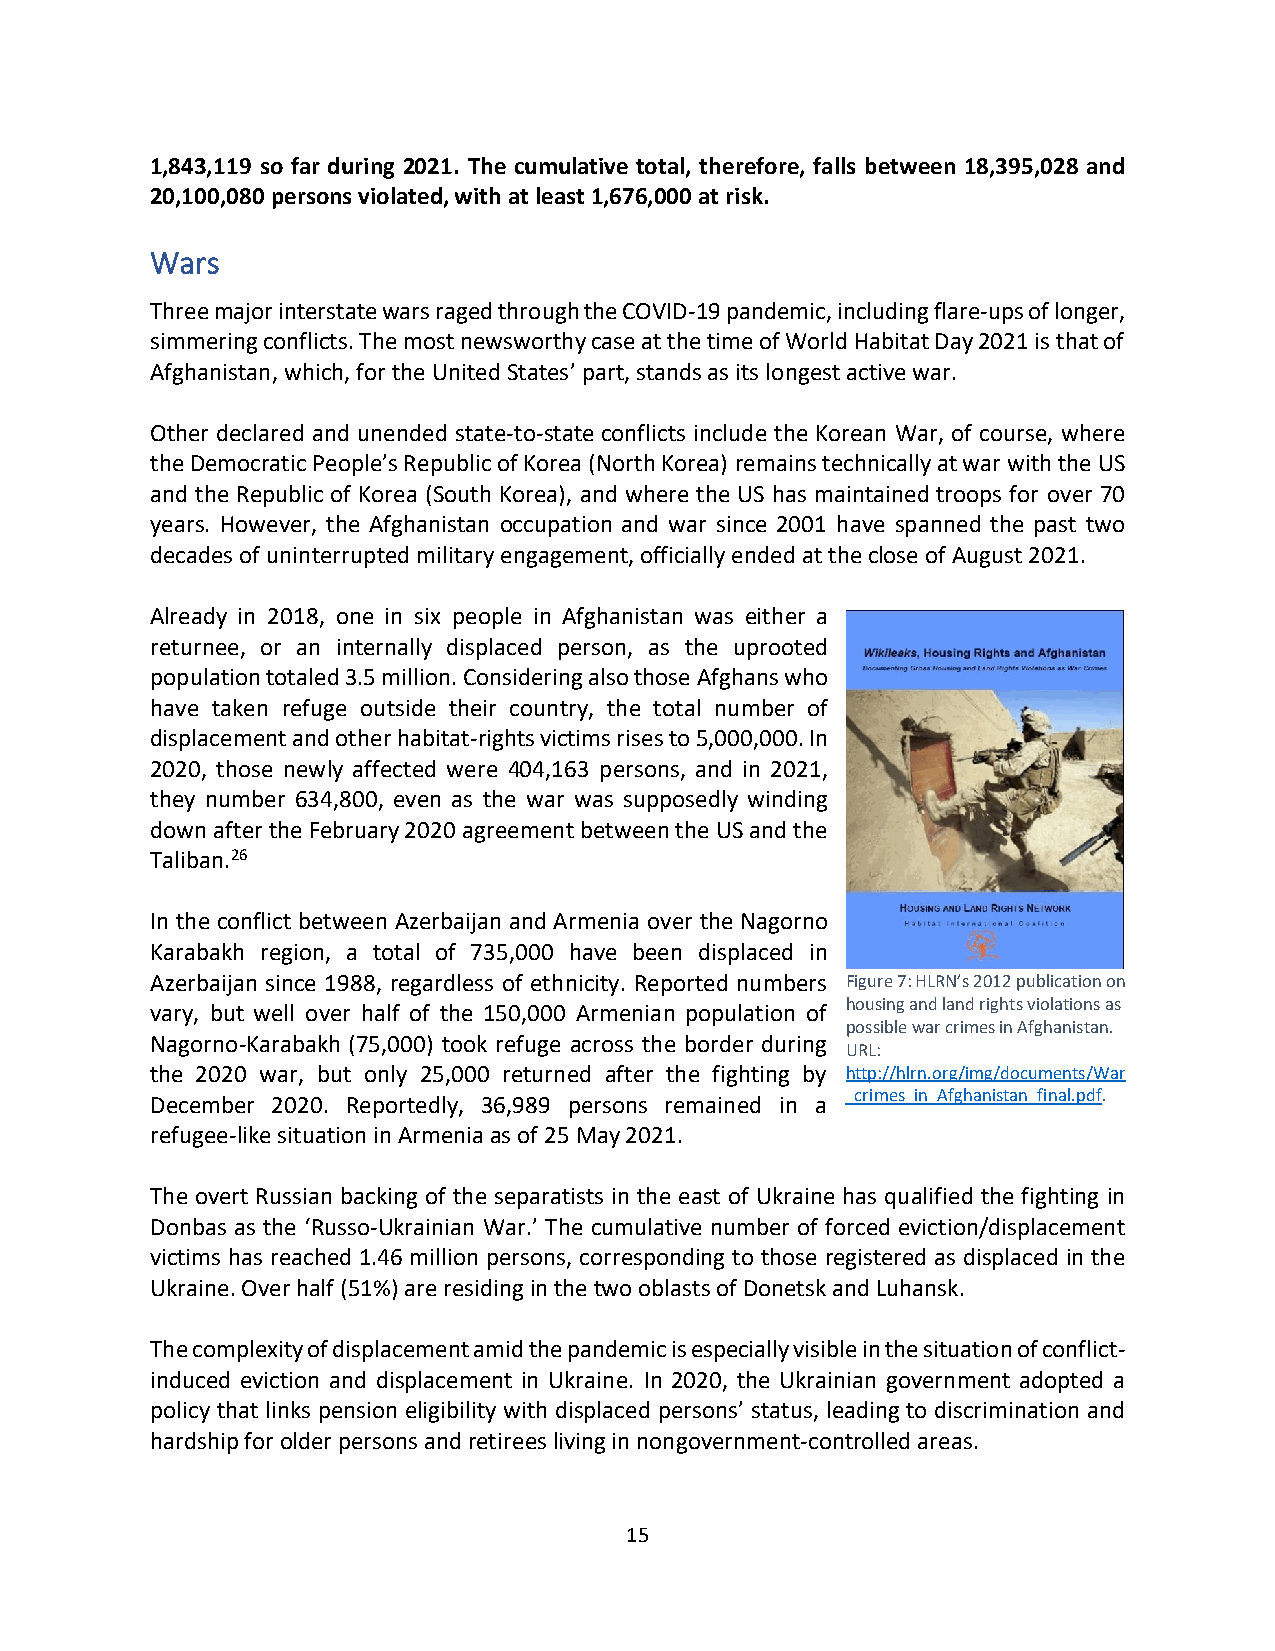
1,843,119 so far during 2021. The cumulative total, therefore, falls between 18,395,028 and
 20,100,080 persons violated, with at least 1,676,000 at risk.
 Wars
 Three major interstate wars raged through the COVID-19 pandemic, including flare-ups of longer,
 simmering conflicts. The most newsworthy case at the time of World Habitat Day 2021 is that of
 Afghanistan, which, for the United States’ part, stands as its longest active war.
 Other declared and unended state-to-state conflicts include the Korean War, of course, where
 the Democratic People’s Republic of Korea (North Korea) remains technically at war with the US
 and the Republic of Korea (South Korea), and where the US has maintained troops for over 70
 years. However, the Afghanistan occupation and war since 2001 have spanned the past two
 decades of uninterrupted military engagement, officially ended at the close of August 2021.
 Already in 2018, one in six people in Afghanistan was either a
 returnee, or an internally displaced person, as the uprooted
 population totaled 3.5 million. Considering also those Afghans who
 have taken refuge outside their country, the total number of
 displacement and other habitat-rights victims rises to 5,000,000. In
 2020, those newly affected were 404,163 persons, and in 2021,
 they number 634,800, even as the war was supposedly winding
 down after the February 2020 agreement between the US and the
 Taliban.26
 In the conflict between Azerbaijan and Armenia over the Nagorno
 Karabakh region, a total of 735,000 have been displaced in
 Azerbaijan since 1988, regardless of ethnicity. Reported numbers Figure 7: HLRN’s 2012 publication on
 housing and land rights violations as
 vary, but well over half of the 150,000 Armenian population of
 possible war crimes in Afghanistan.
 Nagorno-Karabakh (75,000) took refuge across the border during
 URL:
 the 2020 war, but only 25,000 returned after the fighting by http://hlrn.org/img/documents/War
 _crimes_in_Afghanistan_final.pdf.
 December 2020. Reportedly, 36,989 persons remained in a
 refugee-like situation in Armenia as of 25 May 2021.
 The overt Russian backing of the separatists in the east of Ukraine has qualified the fighting in
 Donbas as the ‘Russo-Ukrainian War.’ The cumulative number of forced eviction/displacement
 victims has reached 1.46 million persons, corresponding to those registered as displaced in the
 Ukraine. Over half (51%) are residing in the two oblasts of Donetsk and Luhansk.
 The complexity of displacement amid the pandemic is especially visible in the situation of conflict-
 induced eviction and displacement in Ukraine. In 2020, the Ukrainian government adopted a
 policy that links pension eligibility with displaced persons’ status, leading to discrimination and
 hardship for older persons and retirees living in nongovernment-controlled areas.
 15